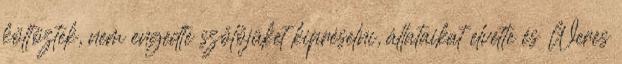
költöztek, nem engedte szőlőjüket kipréselni, állataikat elvette és Weres